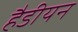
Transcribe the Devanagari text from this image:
हैडीयन